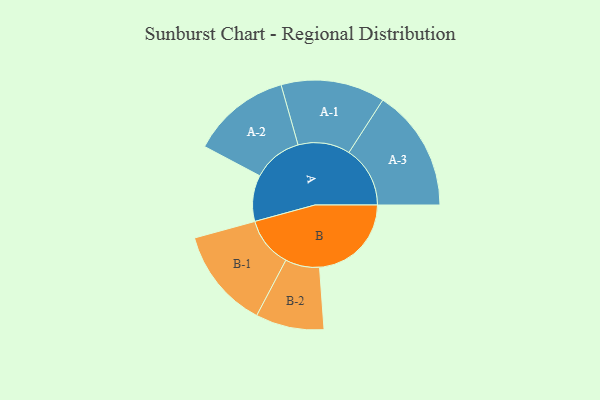
{"axis": {"x": "Segment", "y": "Value"}, "legend": ["", "A", "B"], "data": [{"x": "A", "y": 223, "type": ""}, {"x": "B", "y": 443, "type": ""}, {"x": "A-1", "y": 251, "type": "A"}, {"x": "A-2", "y": 239, "type": "A"}, {"x": "A-3", "y": 295, "type": "A"}, {"x": "B-1", "y": 242, "type": "B"}, {"x": "B-2", "y": 165, "type": "B"}]}